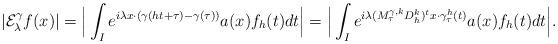
LaTeX: \begin{align*} | \mathcal E_\lambda^\gamma f(x) | = \Big|\int_I e^{ i \lambda x \cdot (\gamma(ht + \tau) - \gamma(\tau))} a(x) f_h(t) dt \Big| = \Big|\int_I e^{i \lambda (M_\tau^{\gamma, k} D_h^k)^t x \cdot \gamma_\tau^h(t)} a(x) f_h(t) dt \Big|. \end{align*}